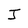
Character: J